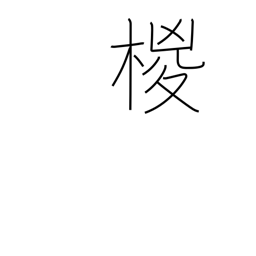
Meaning: hemp palm